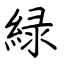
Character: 緑